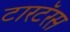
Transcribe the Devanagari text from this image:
टारटॅरस